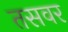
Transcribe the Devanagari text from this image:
तसवर